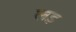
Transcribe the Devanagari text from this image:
लड़़